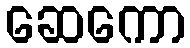
ဆေကော